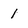
Character: 1